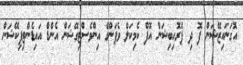
އޮގަނައިޒޭޝަން ފޮ ދި ޕްރޮހިބިޝަން އޮފް ކެމިކަލް ވެޕަންގެ އިންވެސްޓިގޭޝަން އެންޑް އައިޑެންޓިފިކޭޝަން